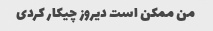
من ممکن است دیروز چیکار کردی